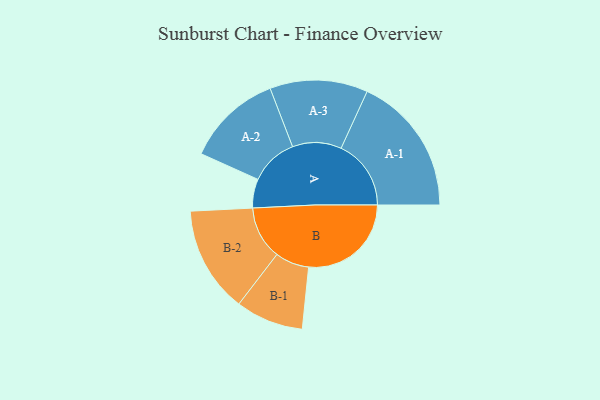
{"axis": {"x": "Segment", "y": "Value"}, "legend": ["", "A", "B"], "data": [{"x": "A", "y": 110, "type": ""}, {"x": "B", "y": 390, "type": ""}, {"x": "A-1", "y": 266, "type": "A"}, {"x": "A-2", "y": 182, "type": "A"}, {"x": "A-3", "y": 186, "type": "A"}, {"x": "B-1", "y": 129, "type": "B"}, {"x": "B-2", "y": 202, "type": "B"}]}